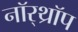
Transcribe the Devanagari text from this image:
नॉर्‌थ्रॉप